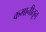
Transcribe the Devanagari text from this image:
कमानीतून